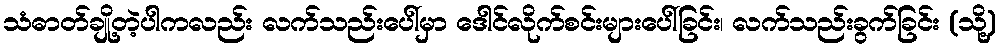
သံဓာတ်ချို့တဲ့ပါကလည်း လက်သည်းပေါ်မှာ ဒေါင်လိုက်စင်းများပေါ်ခြင်း၊ လက်သည်းခွက်ခြင်း (သို့)